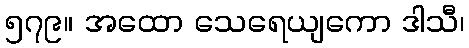
၅၇၉။ အထော သေရေယျကော ဒါသီ၊